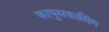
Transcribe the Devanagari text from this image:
कापुसकासिंग